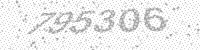
Solution: 795306